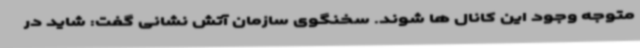
متوجه وجود این کانال ها شوند. سخنگوی سازمان آتش نشانی گفت: شاید در